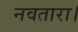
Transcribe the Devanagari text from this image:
नवतारा।